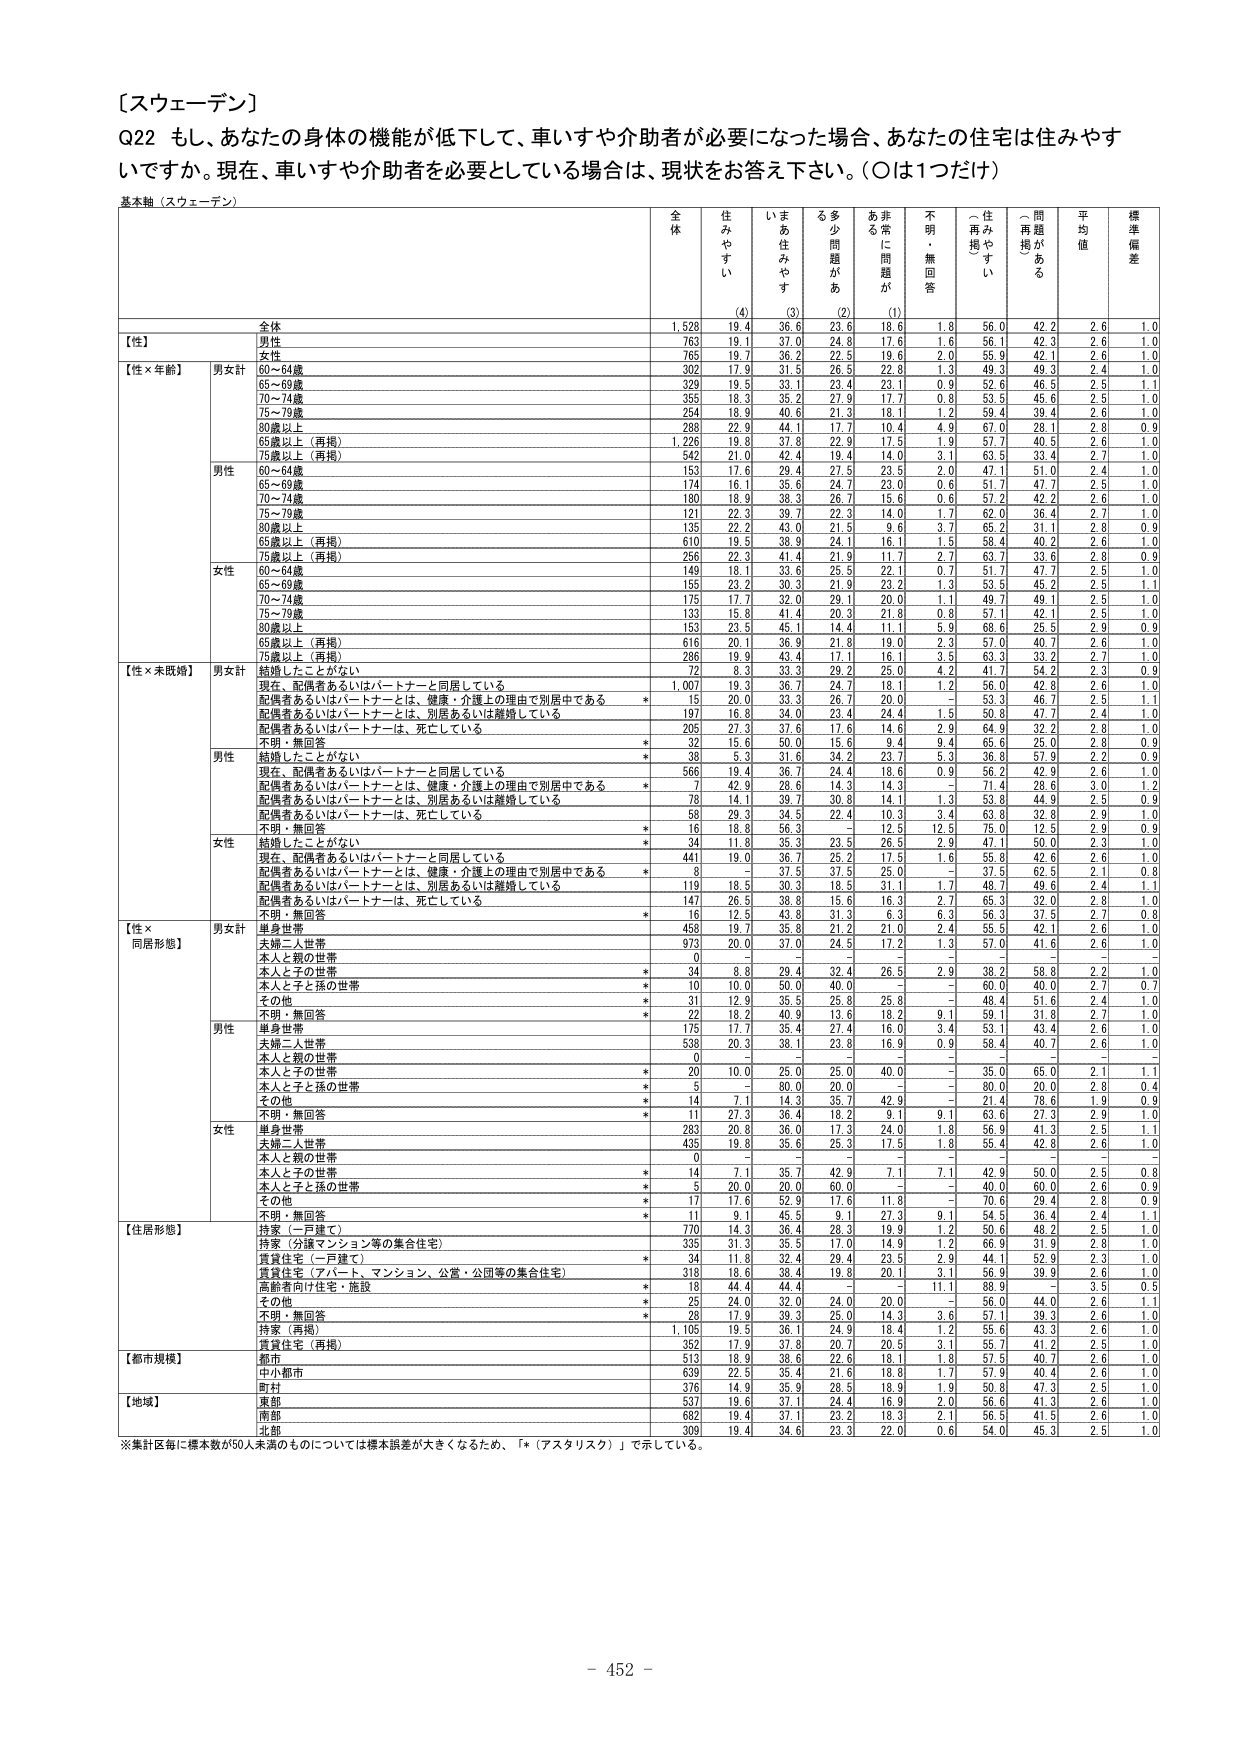
〔スウェーデン〕
Q22 もし、あなたの身体の機能が低下して、車いすや介助者が必要になった場合、あなたの住宅は住みやすいですか。現在、車いすや介助者を必要としている場合は、現状をお答え下さい。（○は1つだけ）
基本軸（スウェーデン）
全体 住みやすい いま住みやすい る多少問題がある あま 常に問題が 不明・無回答 住みやすい（再掲） 問題がある（再掲） 平均値 標準偏差
(4) (3) (2) (1)
全体 1,528 19.4 36.6 23.6 18.6 1.8 56.0 42.2 2.6 1.0
【性】 男性 763 19.1 37.0 24.8 17.6 1.6 56.1 42.3 2.6 1.0
女性 765 19.7 36.2 22.5 19.6 2.0 55.9 42.1 2.6 1.0
【性×年齢】 男女計 60～64歳 302 17.9 31.5 26.5 22.8 1.3 49.3 49.3 2.4 1.0
65～69歳 329 19.5 33.1 23.4 23.1 0.9 52.6 46.5 2.5 1.1
70～74歳 355 18.3 35.2 27.9 17.7 0.8 53.5 45.6 2.5 1.0
75～79歳 254 18.9 40.6 21.3 18.1 1.2 59.4 39.4 2.6 1.0
80歳以上 288 22.9 44.1 17.7 10.4 4.9 67.0 28.1 2.8 0.9
65歳以上（再掲） 1,226 19.8 37.8 22.9 17.5 1.9 57.7 40.5 2.6 1.0
75歳以上（再掲） 542 21.0 42.4 19.4 14.0 3.1 63.5 33.4 2.7 1.0
男性 60～64歳 153 17.6 29.4 27.5 23.5 2.0 47.1 51.0 2.4 1.0
65～69歳 174 16.1 35.6 24.7 23.0 0.6 51.7 47.7 2.5 1.0
70～74歳 180 18.9 38.3 26.7 15.6 0.6 57.2 42.2 2.6 1.0
75～79歳 121 22.3 39.7 22.3 14.0 1.7 62.0 36.4 2.7 1.0
80歳以上 135 22.2 43.0 21.3 9.6 3.7 65.2 31.1 2.8 0.9
65歳以上（再掲） 610 18.5 38.9 24.1 16.1 1.5 58.4 40.2 2.6 1.0
75歳以上（再掲） 256 22.3 41.4 21.9 11.7 2.7 63.7 33.6 2.8 0.9
女性 60～64歳 149 18.1 33.6 25.5 22.1 0.7 51.7 47.7 2.5 1.0
65～69歳 155 23.2 30.3 21.9 23.2 1.3 53.5 45.2 2.5 1.1
70～74歳 175 17.7 32.0 29.1 20.0 1.1 49.7 49.1 2.5 1.0
75～79歳 133 15.8 41.4 20.3 21.8 0.8 57.1 42.1 2.5 1.0
80歳以上 153 23.5 45.1 14.4 11.1 5.9 68.6 25.5 2.9 0.9
65歳以上（再掲） 616 20.1 36.9 21.8 19.0 2.3 57.0 40.7 2.6 1.0
75歳以上（再掲） 286 19.9 43.4 17.1 16.1 3.5 63.3 33.2 2.7 1.0
【性×未婚婚】 男女計 結婚したことがない 72 8.3 33.3 29.2 25.0 4.2 41.7 54.2 2.3 0.9
現在、配偶者あるいはパートナーと同居している 1,007 19.3 36.7 24.7 18.1 1.2 56.0 42.8 2.6 1.0
配偶者あるいはパートナーとは、健康・介護上の理由で別居中である * 15 20.0 33.3 26.7 20.0 - 53.3 46.7 2.5 1.1
配偶者あるいはパートナーとは、別居あるいは離婚している 197 16.8 34.0 23.4 24.4 1.5 50.8 47.7 2.4 1.0
配偶者あるいはパートナーは、死亡している 205 27.3 37.6 17.6 14.6 2.9 64.9 32.2 2.8 1.0
不明・無回答 * 32 15.6 50.0 15.6 9.4 9.4 65.6 25.0 2.8 0.9
男性 結婚したことがない * 38 5.3 31.6 34.2 23.7 5.3 36.8 57.9 2.2 0.9
現在、配偶者あるいはパートナーと同居している 566 19.4 36.7 24.4 18.6 0.9 56.2 42.9 2.6 1.0
配偶者あるいはパートナーとは、健康・介護上の理由で別居中である * 7 42.9 28.6 14.3 14.3 - 71.4 28.6 3.0 1.2
配偶者あるいはパートナーとは、別居あるいは離婚している 78 14.1 39.7 30.8 14.1 1.3 53.8 44.9 2.5 0.9
配偶者あるいはパートナーは、死亡している 58 29.3 34.5 22.4 10.3 3.4 63.8 32.8 2.9 1.0
不明・無回答 * 16 18.8 56.3 - 12.5 12.5 75.0 12.5 2.9 0.9
女性 結婚したことがない * 34 11.8 35.3 23.5 26.5 2.9 47.1 50.0 2.3 1.0
現在、配偶者あるいはパートナーと同居している 441 19.0 36.7 25.2 17.5 1.6 55.8 42.6 2.6 1.0
配偶者あるいはパートナーとは、健康・介護上の理由で別居中である * 8 - 37.5 37.5 25.0 - 37.5 62.5 2.1 0.8
配偶者あるいはパートナーとは、別居あるいは離婚している 119 18.5 30.3 18.5 31.1 1.7 48.7 49.6 2.4 1.1
配偶者あるいはパートナーは、死亡している 147 26.5 38.8 15.6 16.3 2.7 65.3 32.0 2.8 1.0
不明・無回答 * 16 12.5 43.8 31.3 6.3 6.3 56.3 37.5 2.7 0.8
【性×同居形態】 男女計 単身世帯 458 19.7 35.8 21.2 21.0 2.4 55.5 42.1 2.6 1.0
夫婦二人世帯 973 20.0 37.0 24.5 17.2 1.3 57.0 41.6 2.6 1.0
本人と親の世帯 0 - - - - - - - - -
本人と子の世帯 * 34 8.8 29.4 32.4 26.5 2.9 38.2 58.8 2.2 1.0
本人と子と孫の世帯 * 10 10.0 50.0 40.0 - - 60.0 40.0 2.7 0.7
その他 * 31 12.9 35.5 25.8 25.8 - 48.4 51.6 2.4 1.0
不明・無回答 * 22 18.2 40.9 13.6 18.2 9.1 59.1 31.8 2.7 1.0
男性 単身世帯 175 17.7 35.4 27.4 16.0 3.4 53.1 43.4 2.6 1.0
夫婦二人世帯 538 20.3 38.1 23.8 16.9 0.9 58.4 40.7 2.6 1.0
本人と親の世帯 0 - - - - - - - - -
本人と子の世帯 * 20 10.0 25.0 25.0 40.0 - 35.0 65.0 2.1 1.1
本人と子と孫の世帯 * 5 - 80.0 20.0 - - 80.0 20.0 2.8 0.4
その他 * 14 7.1 14.3 35.7 42.9 - 21.4 78.6 1.9 0.9
不明・無回答 * 11 27.3 36.4 18.2 9.1 9.1 63.6 27.3 2.9 1.0
女性 単身世帯 283 20.8 36.0 17.3 24.0 1.8 56.9 41.3 2.5 1.1
夫婦二人世帯 435 19.8 35.6 25.3 17.5 1.8 55.4 42.8 2.6 1.0
本人と親の世帯 0 - - - - - - - - -
本人と子の世帯 * 14 7.1 35.7 42.9 7.1 7.1 42.9 50.0 2.5 0.8
本人と子と孫の世帯 * 5 20.0 20.0 60.0 - - 40.0 60.0 2.6 0.9
その他 * 17 17.6 52.9 17.6 11.8 - 70.6 29.4 2.8 0.9
不明・無回答 * 11 9.1 45.5 9.1 27.3 9.1 54.5 36.4 2.4 1.1
【住居形態】 持家（一戸建て） 770 14.3 36.4 28.3 19.9 1.2 50.6 48.2 2.5 1.0
持家（分譲マンション等の集合住宅） 335 31.3 35.5 17.0 14.9 1.2 66.9 31.9 2.8 1.0
賃貸住宅（一戸建て） * 34 11.8 32.4 29.4 23.5 2.9 44.1 52.9 2.3 1.0
賃貸住宅（アパート、マンション、公営・公団等の集合住宅） 318 18.6 38.4 19.8 20.1 3.1 56.9 39.9 2.6 1.0
高齢者向け住宅・施設 * 18 44.4 44.4 - - 11.1 88.9 - 3.5 0.5
その他 * 25 24.0 32.0 24.0 20.0 - 56.0 44.0 2.6 1.1
不明・無回答 * 28 17.9 39.3 25.0 14.3 3.6 57.1 39.3 2.6 1.0
持家（再掲） 1,105 19.5 36.1 24.9 18.4 1.2 55.6 43.3 2.6 1.0
賃貸住宅（再掲） 352 17.9 37.8 20.7 20.5 3.1 55.7 41.2 2.5 1.0
【都市規模】 都市 513 18.9 38.6 22.6 18.1 1.8 57.5 40.7 2.6 1.0
中い都市 639 22.5 35.4 21.6 18.8 1.7 57.9 40.4 2.6 1.0
町村 376 14.9 35.9 28.3 18.9 1.9 50.8 47.3 2.3 1.0
【地域】 東部 537 19.6 37.1 24.4 16.9 2.0 56.6 41.3 2.6 1.0
南部 682 19.4 37.1 23.2 18.3 2.1 56.5 41.5 2.6 1.0
北部 309 19.4 34.6 23.3 22.0 0.6 54.0 45.3 2.5 1.0
※集計区毎に標本数が50人未満のものについては標準誤差が大きくなるため、「*（アスタリスク）」で示している。
- 452 -